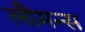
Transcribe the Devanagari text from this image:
लीमन्स